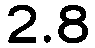
2.8